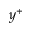
y ^ { + }